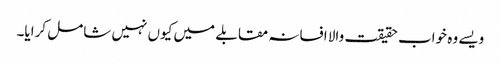
ویسے وہ خواب حقیقت والا افسانہ مقابلے میں کیوں نہیں شامل کرایا۔